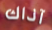
آذاك